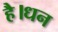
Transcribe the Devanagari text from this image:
है।धन